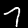
Digit: 7